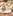
و